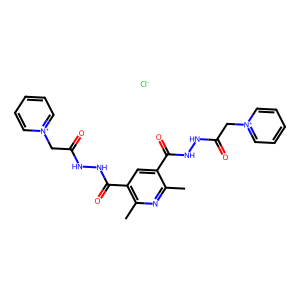
SMILES: Cc1nc(C)c(C(=O)NNC(=O)C[n+]2ccccc2)cc1C(=O)NNC(=O)C[n+]1ccccc1.[Cl-]
Inhibits HIV replication: No